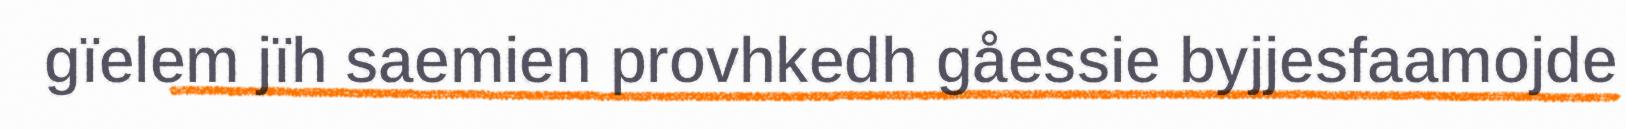
gïelem jïh saemien provhkedh gåessie byjjesfaamojde